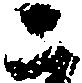
二